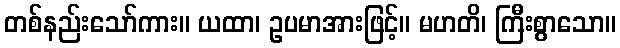
တစ်နည်းသော်ကား။ ယထာ၊ ဥပမာအားဖြင့်။ မဟတိ၊ ကြီးစွာသော။